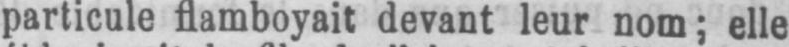
particule flamboyait devant leur nom; elle